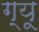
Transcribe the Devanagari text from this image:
ग्यू